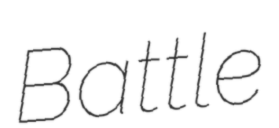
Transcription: Battle